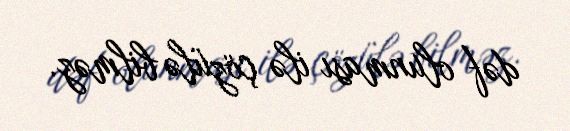
dəf olunması ilə çözülə bilməz.